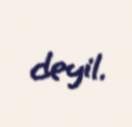
deyil.